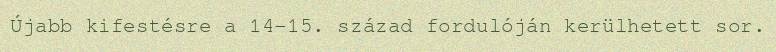
Újabb kifestésre a 14-15. század fordulóján kerülhetett sor.